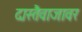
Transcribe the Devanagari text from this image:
दास्तैवाजावर